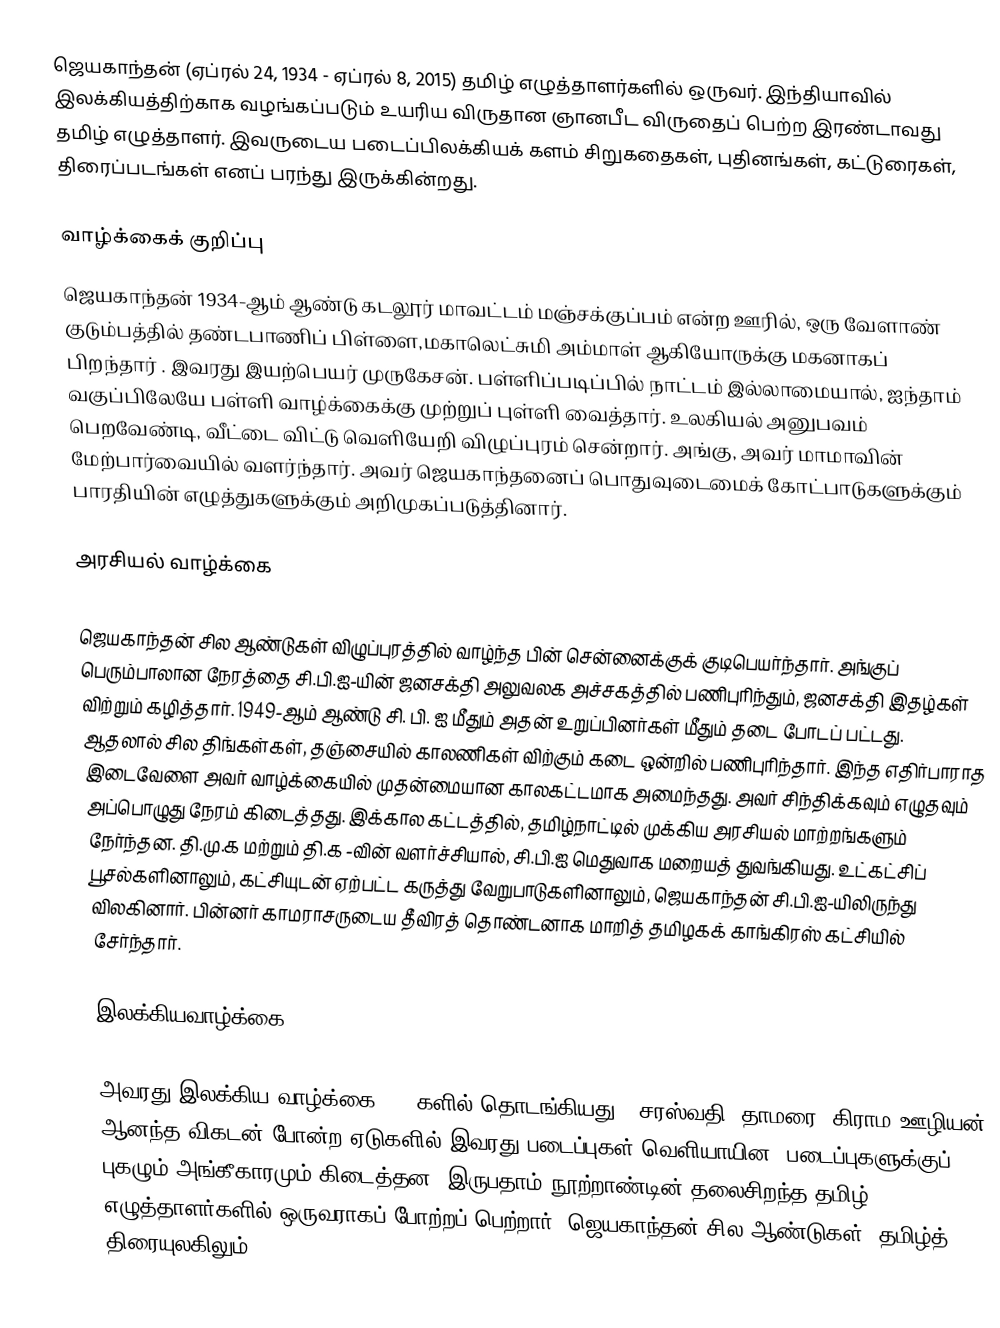
ஜெயகாந்தன் (ஏப்ரல் 24, 1934 - ஏப்ரல் 8, 2015) தமிழ் எழுத்தாளர்களில் ஒருவர். இந்தியாவில் இலக்கியத்திற்காக வழங்கப்படும் உயரிய விருதான ஞானபீட விருதைப் பெற்ற இரண்டாவது தமிழ் எழுத்தாளர். இவருடைய படைப்பிலக்கியக் களம் சிறுகதைகள், புதினங்கள், கட்டுரைகள், திரைப்படங்கள் எனப் பரந்து இருக்கின்றது.

வாழ்க்கைக் குறிப்பு
ஜெயகாந்தன் 1934-ஆம் ஆண்டு கடலூர் மாவட்டம் மஞ்சக்குப்பம் என்ற ஊரில், ஒரு வேளாண் குடும்பத்தில் தண்டபாணிப் பிள்ளை,மகாலெட்சுமி அம்மாள் ஆகியோருக்கு மகனாகப் பிறந்தார் . இவரது இயற்பெயர் முருகேசன். பள்ளிப்படிப்பில் நாட்டம் இல்லாமையால், ஐந்தாம் வகுப்பிலேயே பள்ளி வாழ்க்கைக்கு முற்றுப் புள்ளி வைத்தார். உலகியல் அனுபவம் பெறவேண்டி, வீட்டை விட்டு வெளியேறி விழுப்புரம் சென்றார். அங்கு, அவர் மாமாவின் மேற்பார்வையில் வளர்ந்தார். அவர் ஜெயகாந்தனைப் பொதுவுடைமைக் கோட்பாடுகளுக்கும் பாரதியின் எழுத்துகளுக்கும் அறிமுகப்படுத்தினார்.

அரசியல் வாழ்க்கை

ஜெயகாந்தன் சில ஆண்டுகள் விழுப்புரத்தில் வாழ்ந்த பின் சென்னைக்குக் குடிபெயர்ந்தார். அங்குப் பெரும்பாலான நேரத்தை சி.பி.ஐ-யின் ஜனசக்தி அலுவலக அச்சகத்தில் பணிபுரிந்தும், ஜனசக்தி இதழ்கள் விற்றும் கழித்தார்.  1949-ஆம் ஆண்டு சி. பி. ஐ  மீதும் அதன் உறுப்பினர்கள் மீதும் தடை போடப் பட்டது. ஆதலால் சில திங்கள்கள், தஞ்சையில்  காலணிகள் விற்கும் கடை ஒன்றில் பணிபுரிந்தார். இந்த எதிர்பாராத இடைவேளை அவர் வாழ்க்கையில் முதன்மையான காலகட்டமாக அமைந்தது. அவர் சிந்திக்கவும் எழுதவும் அப்பொழுது நேரம் கிடைத்தது. இக்கால கட்டத்தில், தமிழ்நாட்டில் முக்கிய அரசியல் மாற்றங்களும் நேர்ந்தன. தி.மு.க மற்றும் தி.க -வின் வளர்ச்சியால், சி.பி.ஐ மெதுவாக மறையத் துவங்கியது. உட்கட்சிப் பூசல்களினாலும், கட்சியுடன் ஏற்பட்ட கருத்து வேறுபாடுகளினாலும், ஜெயகாந்தன் சி.பி.ஐ-யிலிருந்து விலகினார். பின்னர் காமராசருடைய தீவிரத் தொண்டனாக மாறித் தமிழகக் காங்கிரஸ் கட்சியில் சேர்ந்தார்.

இலக்கியவாழ்க்கை

அவரது இலக்கிய வாழ்க்கை 1950களில் தொடங்கியது - சரஸ்வதி, தாமரை, கிராம ஊழியன், ஆனந்த விகடன் போன்ற ஏடுகளில் இவரது படைப்புகள் வெளியாயின. படைப்புகளுக்குப் புகழும் அங்கீகாரமும் கிடைத்தன. இருபதாம் நூற்றாண்டின் தலைசிறந்த தமிழ் எழுத்தாளர்களில் ஒருவராகப் போற்றப்  பெற்றார். ஜெயகாந்தன் சில ஆண்டுகள், தமிழ்த் திரையுலகிலும்